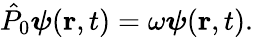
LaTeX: \hat{P}_{0}\boldsymbol{\psi}(\mathbf{r},t)=\omega\boldsymbol{\psi}(\mathbf{r},t).